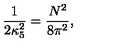
\frac { 1 } { 2 \kappa _ { 5 } ^ { 2 } } = \frac { N ^ { 2 } } { 8 \pi ^ { 2 } } ,